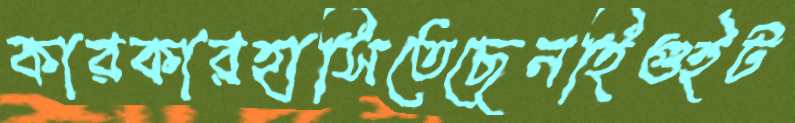
কারকারহাসিতেছেনহিগুইট